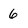
Character: 6